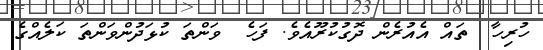
ހުރިހާ  ތައް އެއުރެން ދޮގުކުރޫއެވެ. ފަހެ  ވަންތަ ކުޅަދުންވަންތަ ކަލެއްގެ